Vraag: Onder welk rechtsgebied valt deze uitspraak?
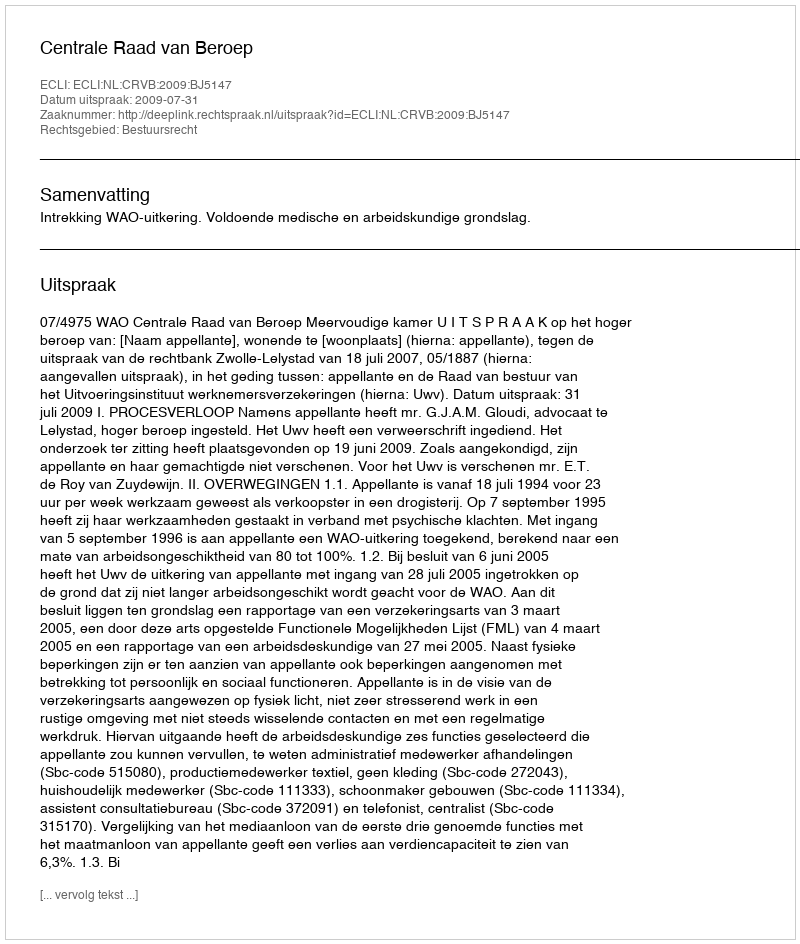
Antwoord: Bestuursrecht